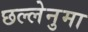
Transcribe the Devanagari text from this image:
छल्लेनुमा